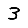
Digit: 3